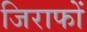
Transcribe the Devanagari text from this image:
जिराफों